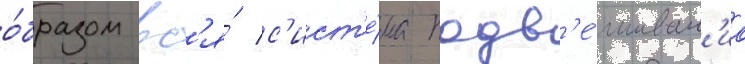
о́бразом вс'я́ с'ист'е́ма подв'е́шиван'иа